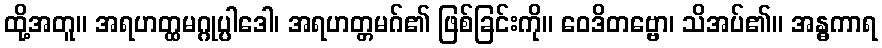
ထို့အတူ။ အရဟတ္ထမဂ္ဂုပ္ပါဒေါ၊ အရဟတ္တမဂ်၏ ဖြစ်ခြင်းကို။ ဝေဒိတဗ္ဗော၊ သိအပ်၏။ အန္ဓကာရ